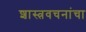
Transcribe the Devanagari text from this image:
शास्त्रवचनांचा